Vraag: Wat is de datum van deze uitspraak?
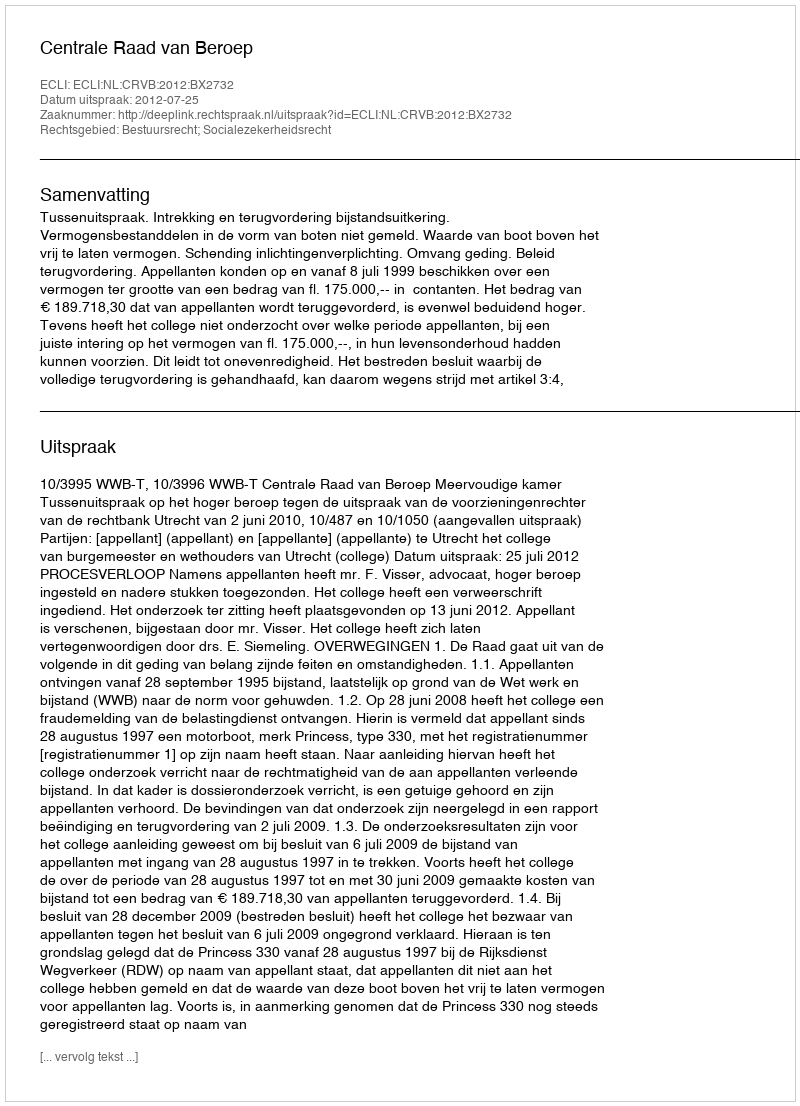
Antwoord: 2012-07-25